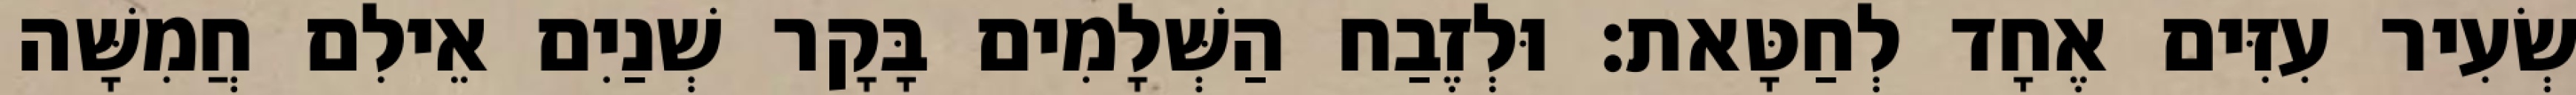
שְׂעִיר עִזִּים אֶחָד לְחַטָּאת׃ וּלְזֶבַח הַשְּׁלָמִים בָּקָר שְׁנַיִם אֵילִם חֲמִשָּׁה